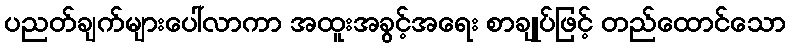
ပညတ်ချက်များပေါ်လာကာ အထူးအခွင့်အရေး စာချုပ်ဖြင့် တည်ထောင်သော